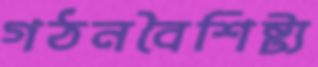
গঠনবৈশিষ্ট্য